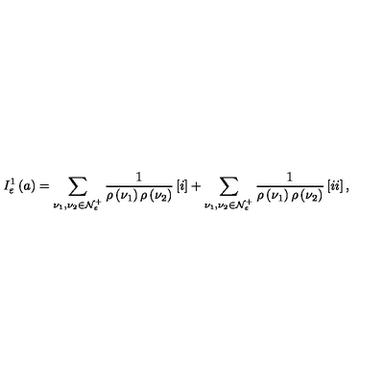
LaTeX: I _ { \varepsilon } ^ { 1 } \left( a \right) = \sum _ { \nu _ { 1 } , \nu _ { 2 } \in { \cal N } _ { \varepsilon } ^ { + } } \frac { 1 } { \rho \left( \nu _ { 1 } \right) \rho \left( \nu _ { 2 } \right) } \left[ { \LARGE i } \right] + \sum _ { \nu _ { 1 } , \nu _ { 2 } \in { \cal N } _ { \varepsilon } ^ { + } } \frac { 1 } { \rho \left( \nu _ { 1 } \right) \rho \left( \nu _ { 2 } \right) } \left[ { \Large i i } \right] ,